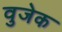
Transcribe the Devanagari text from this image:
वुजेक